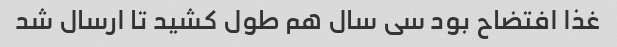
غذا افتضاح بود سی سال هم طول کشید تا ارسال شد